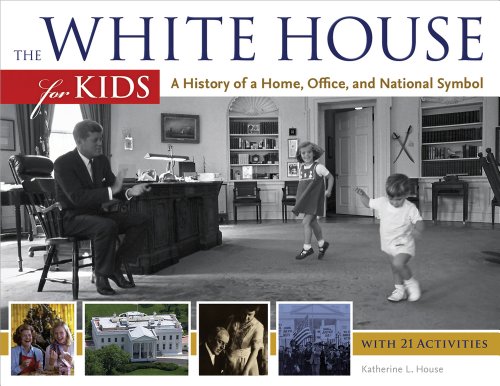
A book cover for The White House for Kids: A History of a Home, Office, and National Symbol, with 21 Activities (For Kids series); Katherine L. House; Children's Books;